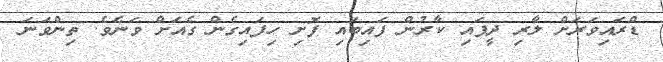
ޑްރައިވަރަށް ލާރި ދީފައި ކާރުން ފައިބައި ފޮށި ހިފައިގެން ގެއަށް ވަނެވެ. ތިންވަނަ